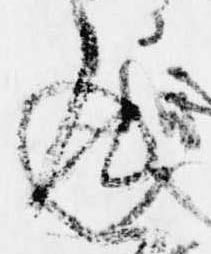
返